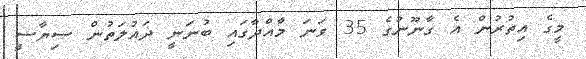
މީގެ އިތުރުން އެ ގާނޫނުގެ 35 ވަނަ މާއްދާގައި ބުނަނީ ދައުލަތުން ސިޔާސީ